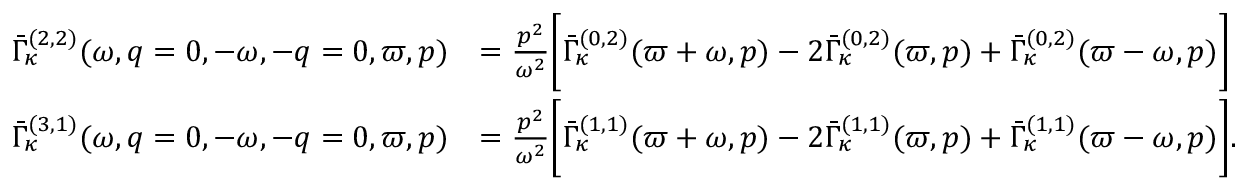
\begin{array} { r l } { \bar { \Gamma } _ { \kappa } ^ { ( 2 , 2 ) } ( \omega , q = 0 , - \omega , - q = 0 , \varpi , p ) } & { = \frac { p ^ { 2 } } { \omega ^ { 2 } } \Bigg [ \bar { \Gamma } _ { \kappa } ^ { ( 0 , 2 ) } ( \varpi + \omega , p ) - 2 \bar { \Gamma } _ { \kappa } ^ { ( 0 , 2 ) } ( \varpi , p ) + \bar { \Gamma } _ { \kappa } ^ { ( 0 , 2 ) } ( \varpi - \omega , p ) \Bigg ] } \\ { \bar { \Gamma } _ { \kappa } ^ { ( 3 , 1 ) } ( \omega , q = 0 , - \omega , - q = 0 , \varpi , p ) } & { = \frac { p ^ { 2 } } { \omega ^ { 2 } } \Bigg [ \bar { \Gamma } _ { \kappa } ^ { ( 1 , 1 ) } ( \varpi + \omega , p ) - 2 \bar { \Gamma } _ { \kappa } ^ { ( 1 , 1 ) } ( \varpi , p ) + \bar { \Gamma } _ { \kappa } ^ { ( 1 , 1 ) } ( \varpi - \omega , p ) \Bigg ] . } \end{array}